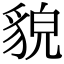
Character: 貌